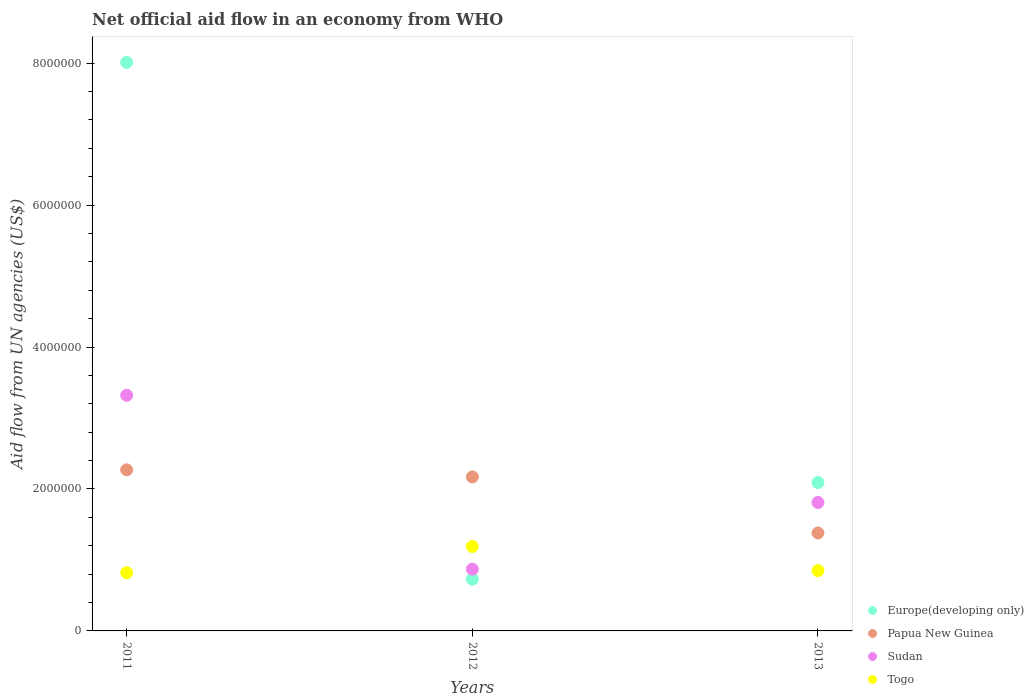
| Years | Europe(developing only) | Papua New Guinea | Sudan | Togo |
 | --- | --- | --- | --- | --- |
 | 2011 | 8.01e+06 | 2.27e+06 | 3.32e+06 | 8.2e+05 |
 | 2012 | 7.3e+05 | 2.17e+06 | 8.7e+05 | 1.19e+06 |
 | 2013 | 2.09e+06 | 1.38e+06 | 1.81e+06 | 8.5e+05 |